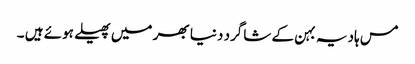
مس ہادیہ بہن کے شاگرد دنیا بھر میں پھیلے ہوئے ہیں ۔